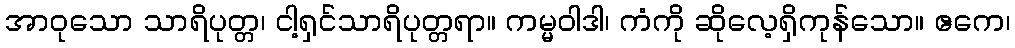
အာဝုသော သာရိပုတ္တ၊ ငါ့ရှင်သာရိပုတ္တရာ။ ကမ္မဝါဒါ၊ ကံကို ဆိုလေ့ရှိကုန်သော။ ဧကေ၊